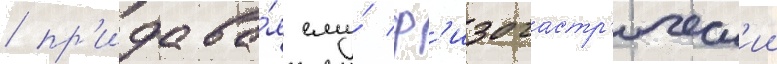
/ пр'идава́я ему́ ф'изогастр'ическ'ии